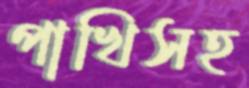
পাখিসহ